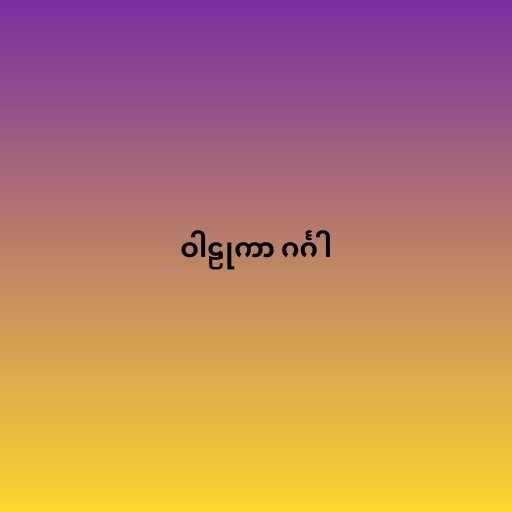
ဝါဠုကာ ဂင်္ဂါ